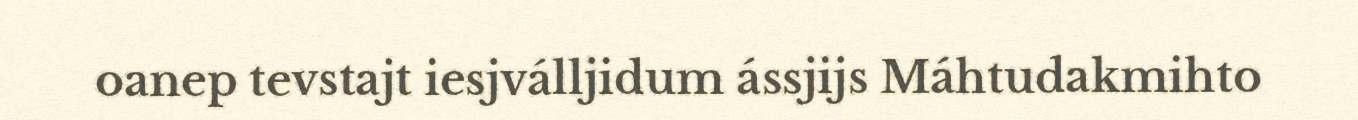
oanep tevstajt iesjválljidum ássjijs Máhtudakmihto